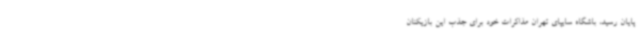
پایان رسید،‌ باشگاه سایپای تهران مذاکرات خود برای جذب این بازیکنان